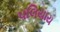
પલિયાય